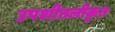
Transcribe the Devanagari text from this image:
उपशीतलीकृत